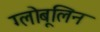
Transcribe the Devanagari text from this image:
ग्लोबूलिन